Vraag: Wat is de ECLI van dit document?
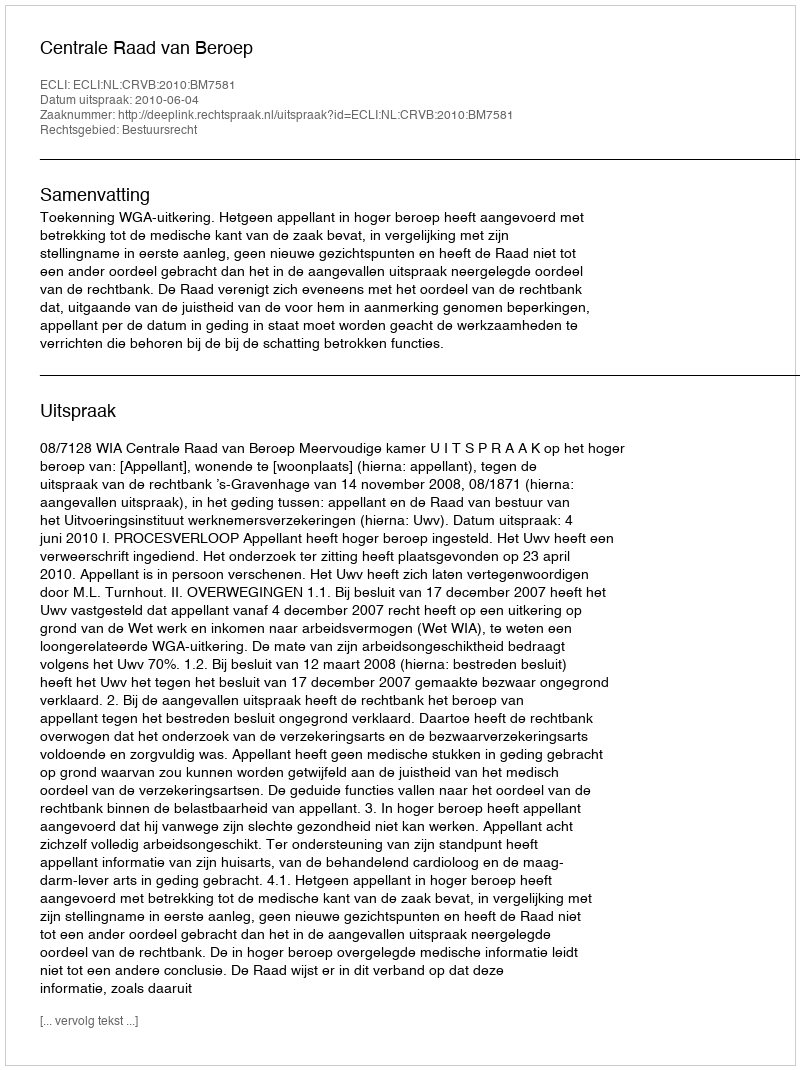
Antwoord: ECLI:NL:CRVB:2010:BM7581